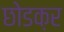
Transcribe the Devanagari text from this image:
छोडक़र